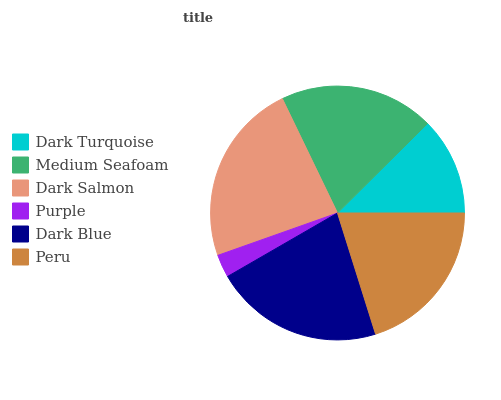
| Dark Turquoise | Medium Seafoam | Dark Salmon | Purple | Dark Blue | Peru |
 | --- | --- | --- | --- | --- | --- |
 | 12.4% | 19.7% | 23.2% | 2.93% | 21.5% | 20.2% |